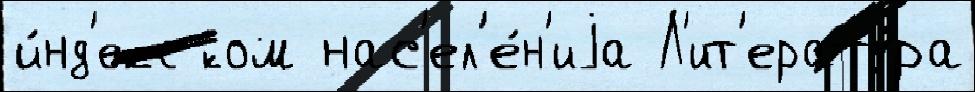
и́нд'екс ком нас'ел'е́н'иjа Л'ит'ерату́ра